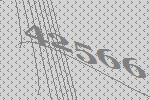
42566